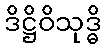
ဒိဋ္ဌိဝိသုဒ္ဓိ